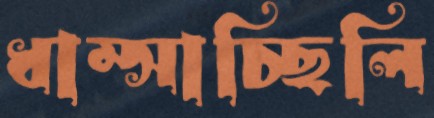
ধাম্‌সাচ্ছিলি